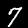
Digit: 7